Problem: 5 × 6 = ?
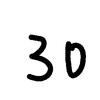
Handwritten answer: 30